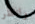
وانظر